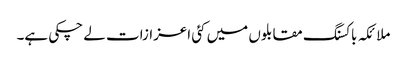
ملائکہ باکسنگ مقابلوں میں کئی اعزازات لے چکی ہے۔